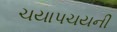
ચયાપચયની